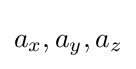
a_{x},a_{y},a_{z}